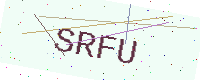
Text: SRFU